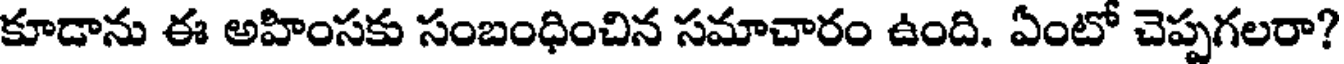
కూడాను ఈ అహింసకు సంబంధించిన సమాచారం ఉంది. ఏంటో చెప్పగలరా?